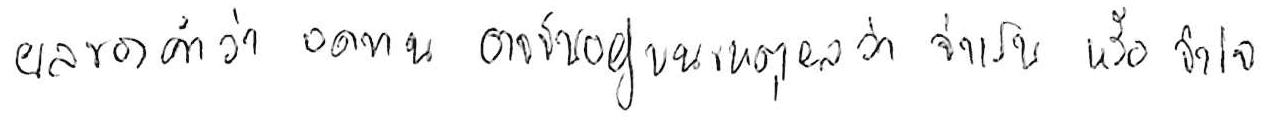
ผลของคำว่า อดทน อาจขึ้นอยู่บนเหตุผลว่า จำเป็น หรือ จำใจ